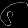
Digit: ၆